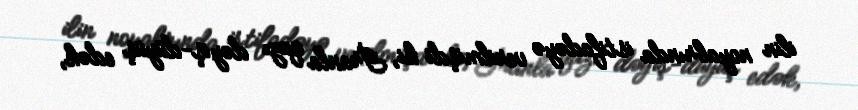
ilin noyabrında istifadəyə verilmişdi ki, İranla qazı dəyiş-düyüş edək,